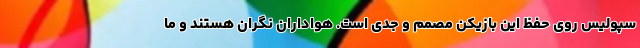
سپولیس روی حفظ این بازیکن مصمم و جدی است. هواداران نگران هستند و ما